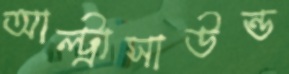
আল্ট্রাসাউন্ড